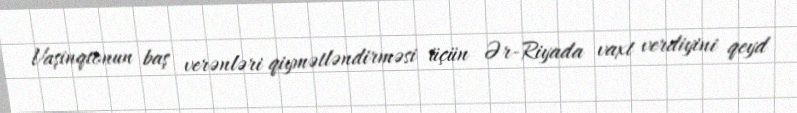
Vaşinqtonun baş verənləri qiymətləndirməsi üçün Ər-Riyada vaxt verdiyini qeyd